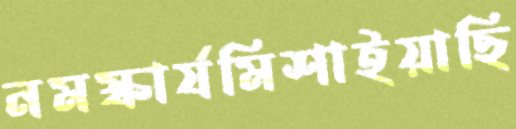
নমস্কার্যমিশাইয়াছি